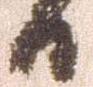
日